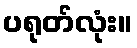
ပရုတ်လုံး။